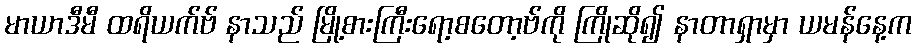
မာယာဒီမီ ထရိယက်ဗ် နာသည် မြို့စားကြီးရော့စတော့ဗ်ကို ကြိုဆို၍ နာတာရှာမှာ ယမန်နေ့က